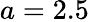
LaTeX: a=2.5